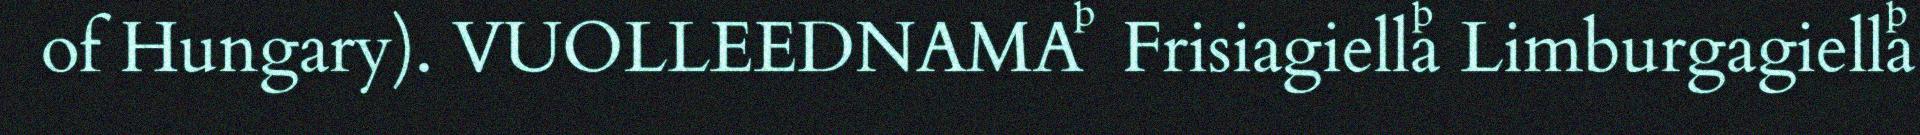
of Hungary). VUOLLEEDNAMA  Frisiagiella Limburgagiella